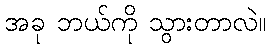
အခု ဘယ်ကို သွားတာလဲ။